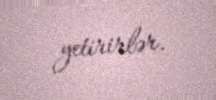
yetirirlər.